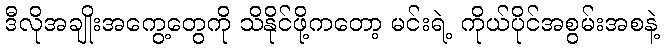
ဒီလိုအချိုးအကွေ့တွေကို သိနိုင်ဖို့ကတော့ မင်းရဲ့ ကိုယ်ပိုင်အစွမ်းအစနဲ့